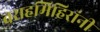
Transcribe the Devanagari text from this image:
वराहमिहिरांनी